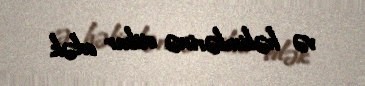
və həkimlərinə etibar edək.